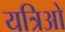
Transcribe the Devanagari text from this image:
यत्रिओ